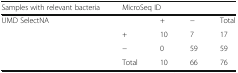
| Samples with relevant bacteria | <COLSPAN=4> MicroSeq ID |
 | --- | --- | --- | --- | --- |
 | <ROWSPAN=4> UMD SelectNA |  | + | − | Total |
 | + | 10 | 7 | 17 |
 | − | 0 | 59 | 59 |
 | Total | 10 | 66 | 76 |